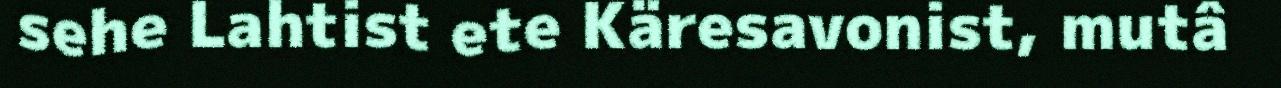
sehe Lahtist ete Käresavonist, mutâ